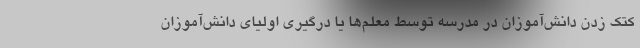
کتک زدن دانش‌آموزان در مدرسه توسط معلم‌ها یا درگیری اولیای دانش‌آموزان